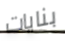
بنايات